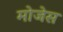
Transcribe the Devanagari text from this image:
मोजेस